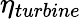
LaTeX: \eta_{turbine}